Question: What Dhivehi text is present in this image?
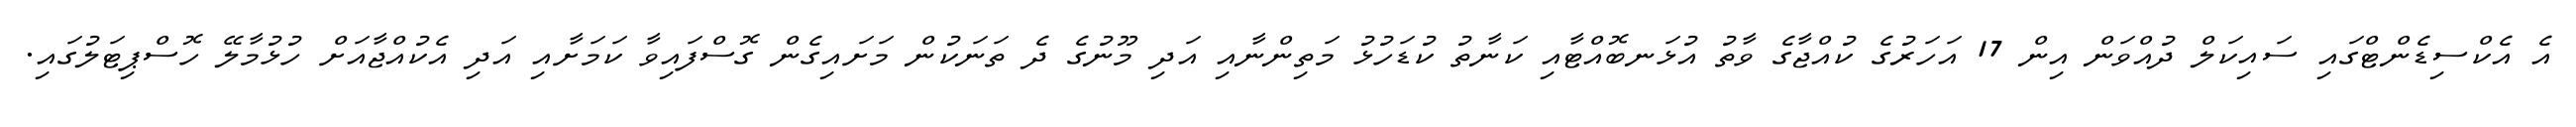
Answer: އެ އެކްސިޑެންޓްގައި ސައިކަލް ދުއްވަން އިން 17 އަހަރުގެ ކުއްޖާގެ ވާތު އުޅަނބޮއްޓާއި ކަނާތު ކުޑަހުޅު މަތިންނާއި އަދި މޫނުގެ ދެ ތަނަކުން މަށައިގެން ގޮސްފައިވާ ކަމަށާއި އަދި އެކުއްޖާއަށް ހުޅުމާލޭ ހޮސްޕިޓަލުގައި.